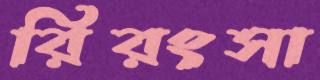
রিরংসা